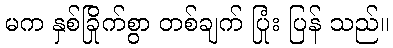
မက နှစ်ခြိုက်စွာ တစ်ချက် ပြုံး ပြန် သည်။